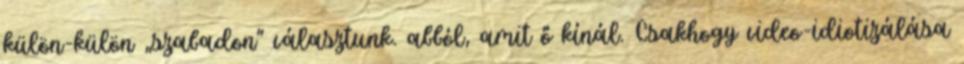
külön-külön „szabadon” választunk. abból, amit ő kínál. Csakhogy video-idiotizálása